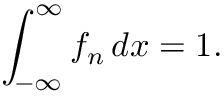
\int _ { - \infty } ^ { \infty } f _ { n } \, d x = 1 .